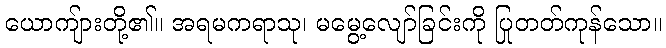
ယောကျ်ားတို့၏။ အရမကရာသု၊ မမွေ့လျော်ခြင်းကို ပြုတတ်ကုန်သော။